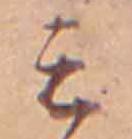
ミ